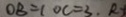
O B = 1 O C = 3 . R